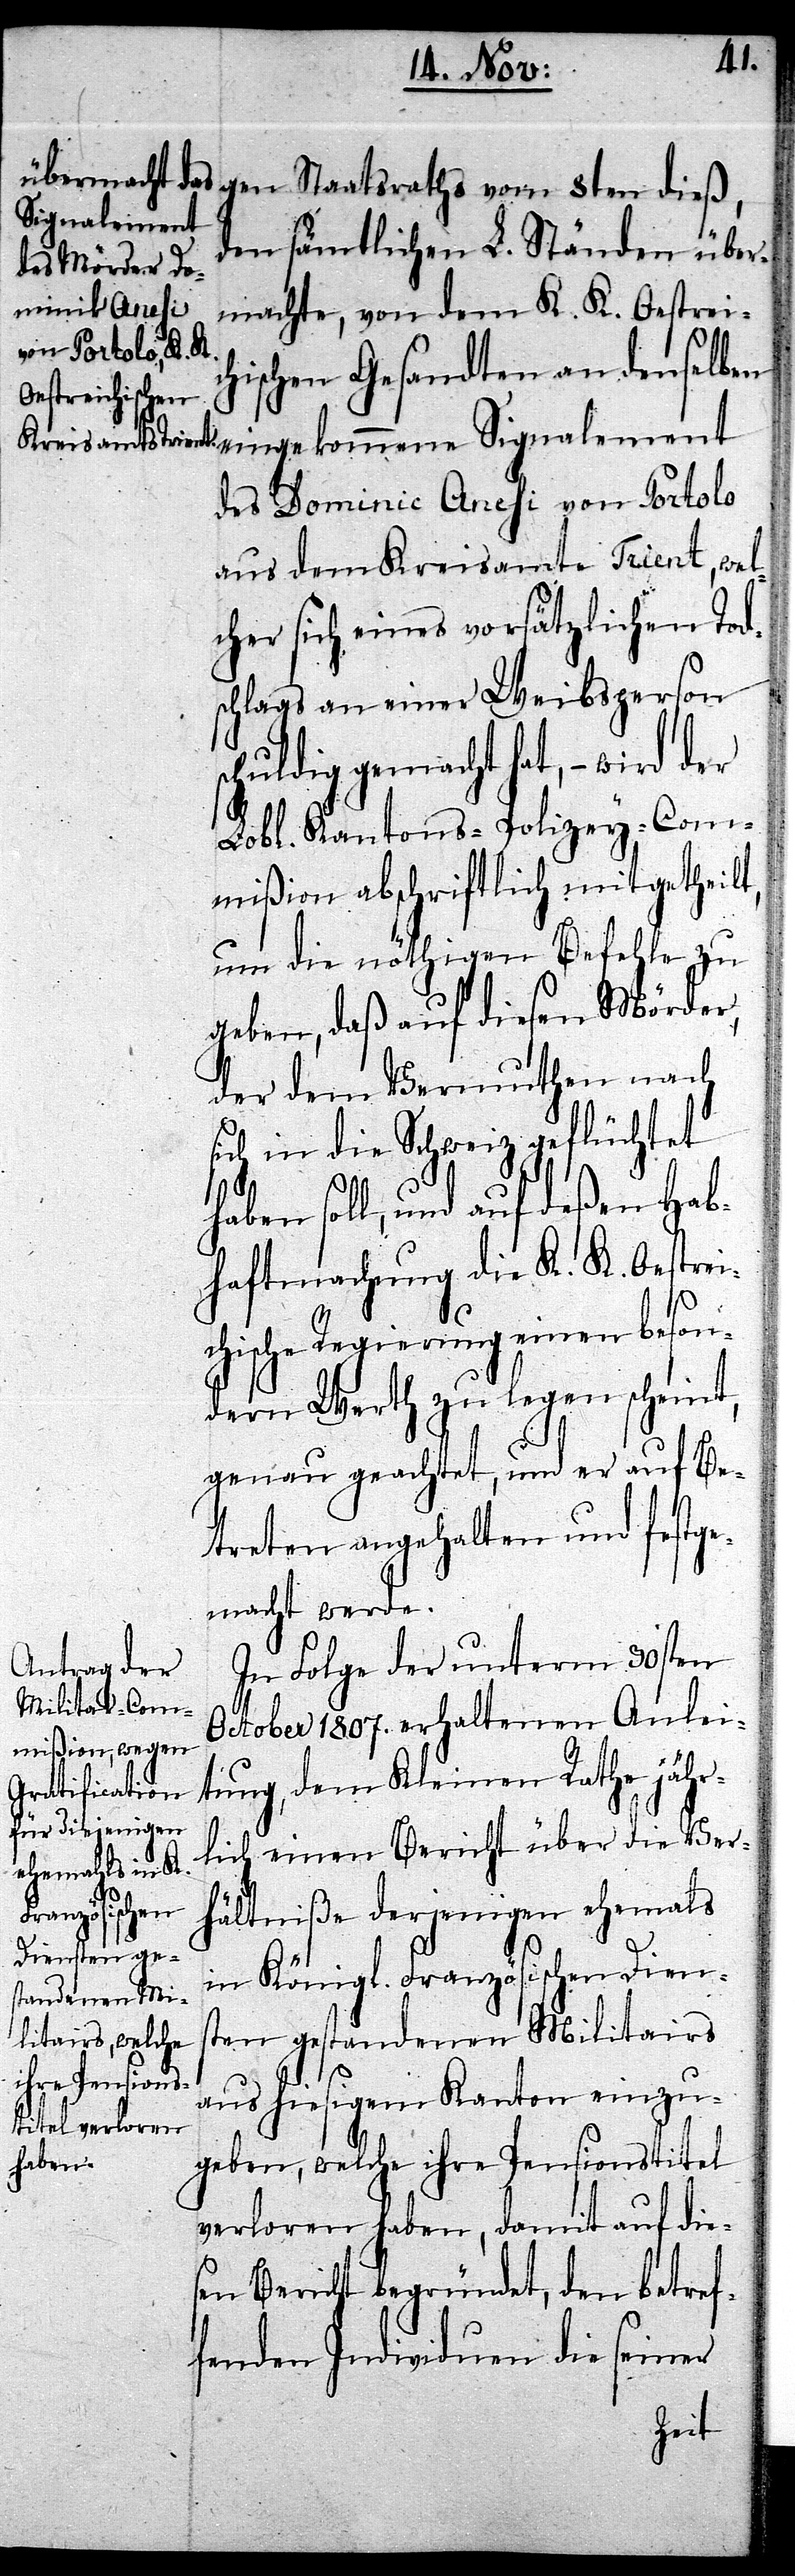
Signalement
den sämtlichen L. Ständen über¬
machte, von dem K. K. Oestreic¬
vom 8ten dieß,
hischen Gesandten an denselben
des Dominic Anesi von Portolo
aus dem Kreisamte Trient, wel¬
cher sich eines vorsätzlichen Tod¬
schlags an einer Weibsperson
schuldig gemacht hat, – wird der
Lobl. Kantons-Polizey-Com¬
mißion abschriftlich mitgetheilt,
um die nöthigen Befehle zu
geben, daß auf diesen Mörder,
der dem Vermuthen nach
sich in die Schweiz geflüchtet
haben soll, und auf deßen Hab¬
haftmachung die K. K. Oestrei¬
chische Regierung einen beson¬
dern Werth zu legen scheint,
genau geachtet, und er auf Be¬
treten angehalten und festge¬
macht werde.
In Folge der unterm 30sten
October 1807. erhaltenen Anlei¬
tung, dem Kleinen Rathe jähr¬
lich einen Bericht über die Ver¬
hältniße derjenigen ehemals
in Königl. Französischen Diens¬
ten gestandenen Militairs
aus hiesigem Kanton einzu¬
geben, welche ihre Pensionstitel
verloren haben, damit auf die¬
sen Bericht begründet, den betref¬
fenden Individuen die seiner